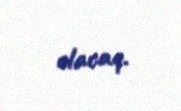
olacaq.